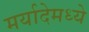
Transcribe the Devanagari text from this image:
मर्यादेमध्ये